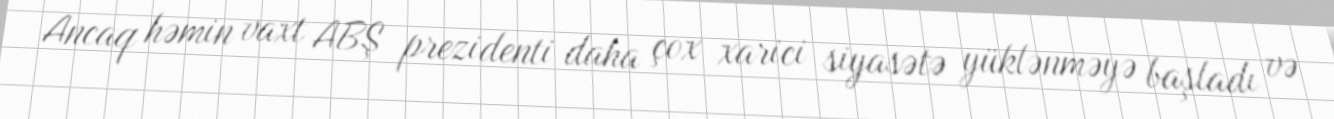
Ancaq həmin vaxt ABŞ prezidenti daha çox xarici siyasətə yüklənməyə başladı və